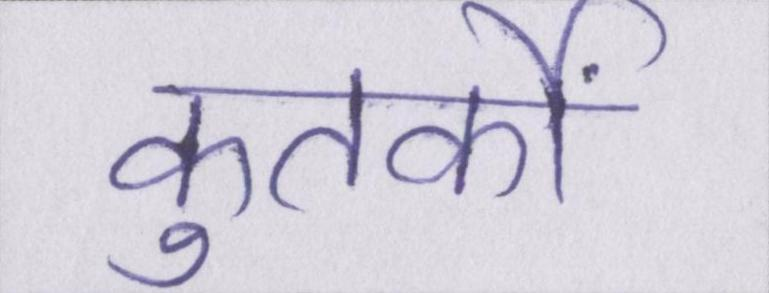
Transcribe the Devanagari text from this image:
कुतर्कों